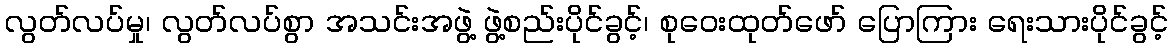
လွတ်လပ်မှု၊ လွတ်လပ်စွာ အသင်းအဖွဲ့ ဖွဲ့စည်းပိုင်ခွင့်၊ စုဝေးထုတ်ဖော် ပြောကြား ရေးသားပိုင်ခွင့်